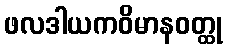
ဖလဒါယကဝိမာနဝတ္ထု